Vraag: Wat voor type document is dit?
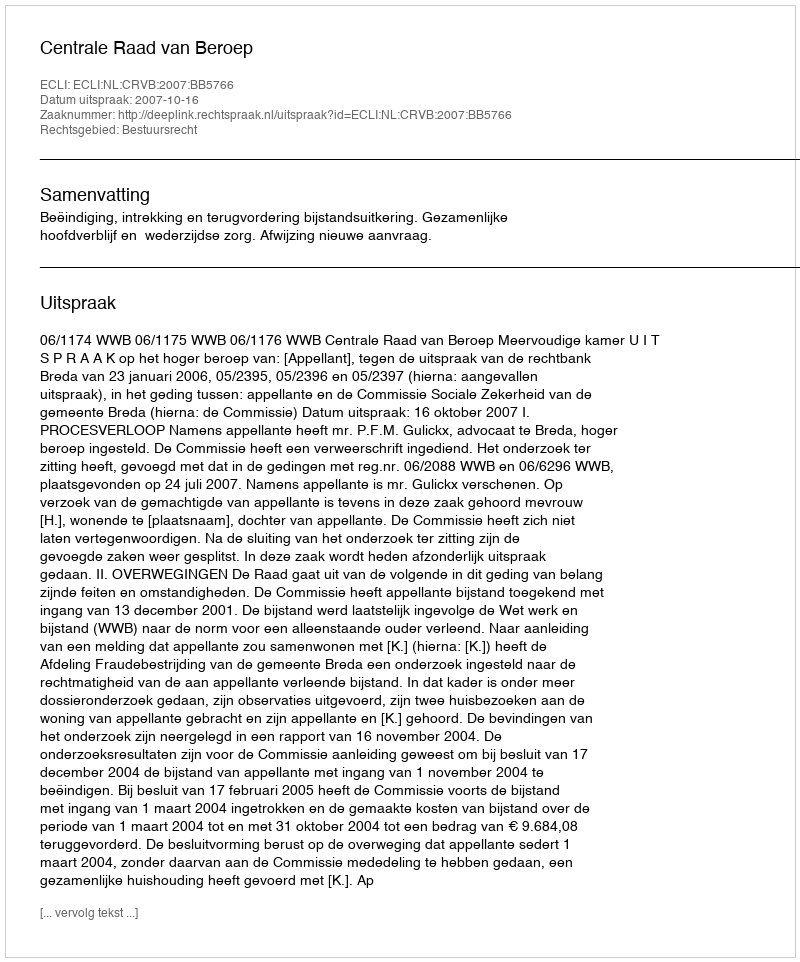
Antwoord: Uitspraak